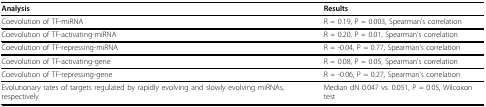
| Analysis | Results |
 | --- | --- |
 | Coevolution of TF-miRNA | R = 0.19, P = 0.003, Spearman's correlation |
 | Coevolution of TF-activating-miRNA | R = 0.20, P = 0.01, Spearman's correlation |
 | Coevolution of TF-repressing-miRNA | R = -0.04, P = 0.77, Spearman's correlation |
 | Coevolution of TF-activating-gene | R = 0.08, P = 0.05, Spearman's correlation |
 | Coevolution of TF-repressing-gene | R = -0.06, P = 0.27, Spearman's correlation |
 | Evolutionary rates of targets regulated by rapidly evolving and slowly evolving miRNAs, respectively | Median dN 0.047 vs. 0.051, P = 0.05, Wilcoxon test |